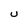
Character: u